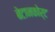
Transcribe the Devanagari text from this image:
बेटानकोर्ट